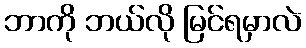
ဘာကို ဘယ်လို မြင်ရမှာလဲ